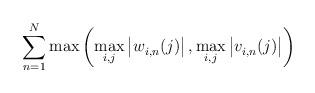
LaTeX: \begin{align*}\sum^{N}_{n=1}\max\left(\max\limits_{i,j}\left|w^{}_{i,n}(j)\right|, \max\limits_{i,j}\left|v^{}_{i,n}(j)\right|\right)\end{align*}